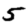
Digit: 5